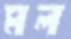
মল